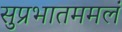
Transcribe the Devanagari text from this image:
सुप्रभातममलं